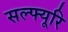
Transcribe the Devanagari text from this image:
सल्फ्यूरि